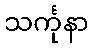
သင်္ကုနာ